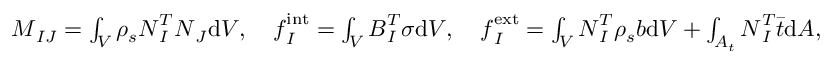
\begin{array} { r } { \boldsymbol { M } _ { I J } = \int _ { V } \rho _ { s } \boldsymbol { N } _ { I } ^ { T } \boldsymbol { N } _ { J } \mathrm { d } V , \quad \boldsymbol { f } _ { I } ^ { \mathrm { i n t } } = \int _ { V } \boldsymbol { B } _ { I } ^ { T } \boldsymbol { \sigma } \mathrm { d } V , \quad \boldsymbol { f } _ { I } ^ { \mathrm { e x t } } = \int _ { V } \boldsymbol { N } _ { I } ^ { T } \rho _ { s } \boldsymbol { b } \mathrm { d } V + \int _ { A _ { t } } \boldsymbol { N } _ { I } ^ { T } \boldsymbol { \bar { t } } \mathrm { d } A , } \end{array}